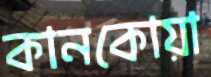
কানকোয়া